Trukikaitis_Postimees, lk 32
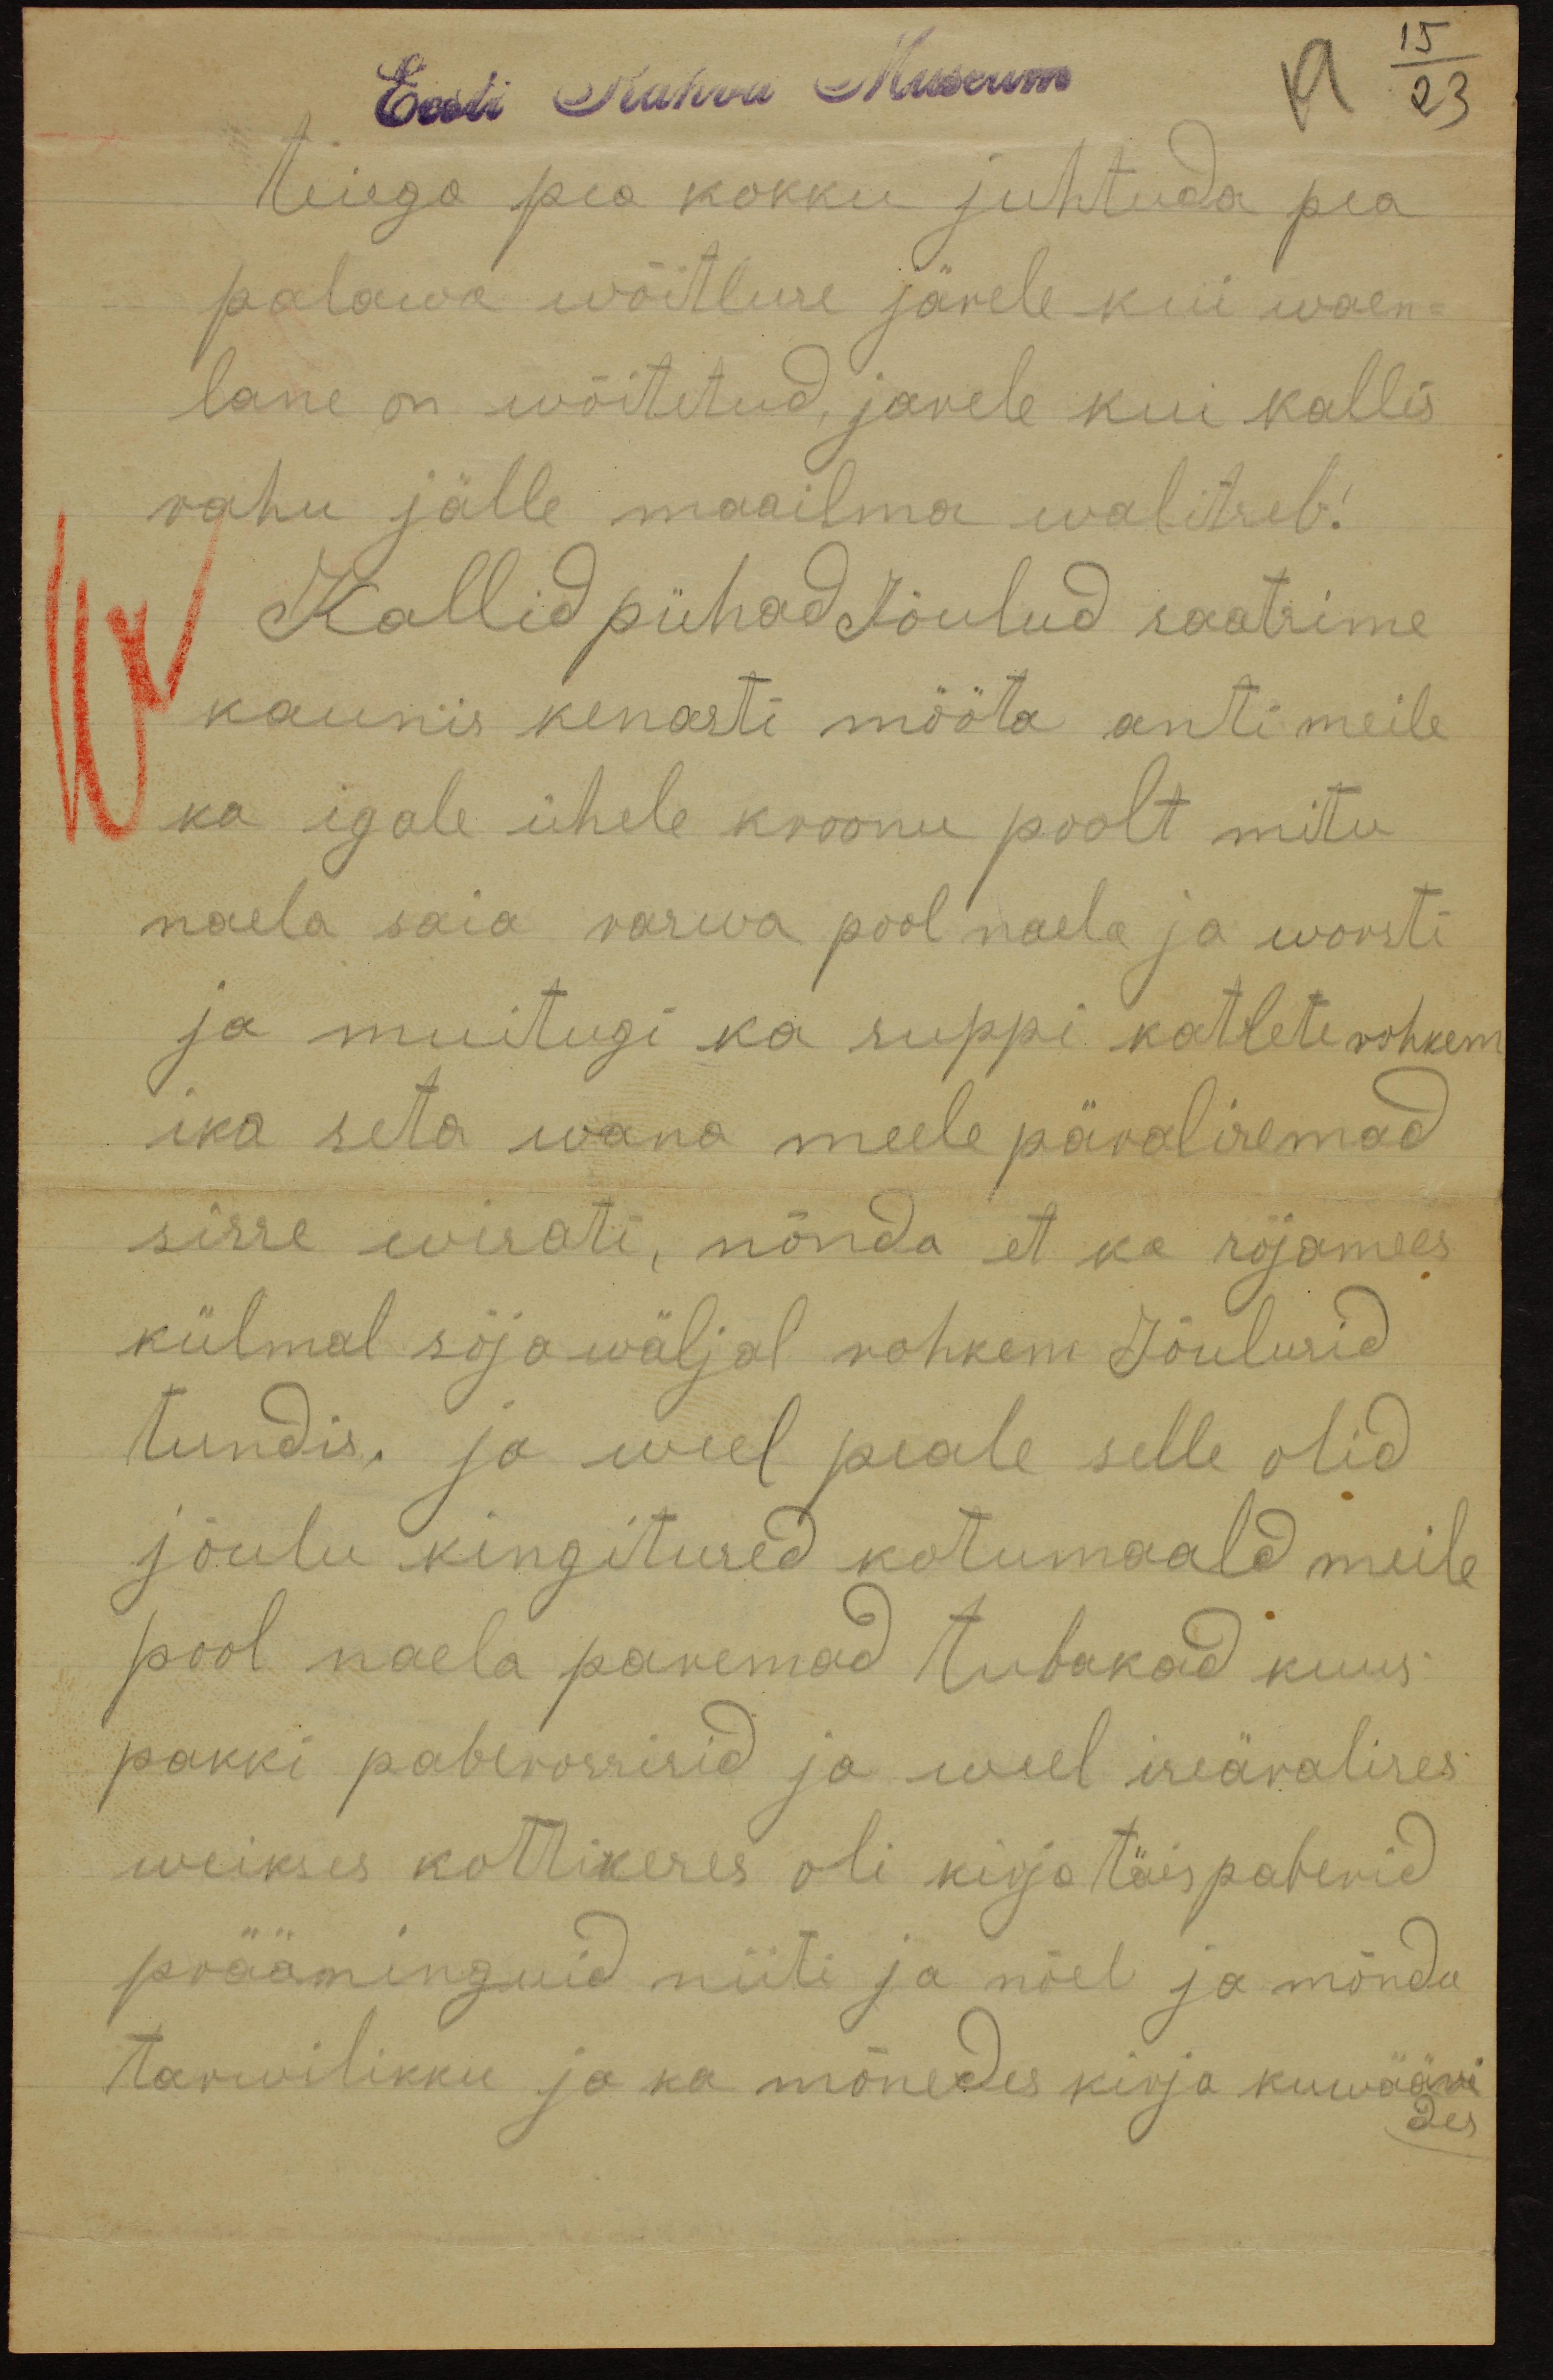
Eesti Rahva Museum
19 23
Teiega pea kokku juhtuda pea
palawa wõitluse järele kui waen-
lane on wõitetud, jarele kui kallis
rahu jälle maailma walitseb!
Kallid pühad Jõulud saatsime
kaunis kenasti mööta anti meile
ka igale ühele kroonu poolt mitu
naela saia varwa pool naela ja worsti
ja muitugi ka suppi katlete rohkem
ika seda wana meelepäraliremad
sisse wisati, nõnda et ka sõjamees
külmal sõja wäljal rohkem Jõulusid
tundis ja weel peale selle olid
jõulu kingitused kotumaald meile
pool naela paremad tubakad kuus
pakki paberossisid ja weel iseäralises
weikses kottikeres oli kirjatäispaberid
prääminguid niiti ja nõel ja mõnda
tarwilikku ja ka mõnedes kirja kuwääri
des